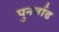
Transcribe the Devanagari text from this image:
पुनर्वाढ